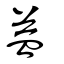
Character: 益